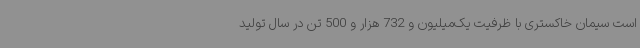
است سیمان خاکستری با ظرفیت یک‌میلیون و 732 هزار و 500 تن در سال تولید